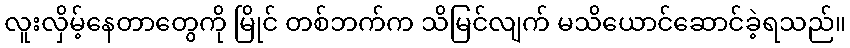
လူးလှိမ့်နေတာတွေကို မြိုင် တစ်ဘက်က သိမြင်လျက် မသိယောင်ဆောင်ခဲ့ရသည်။